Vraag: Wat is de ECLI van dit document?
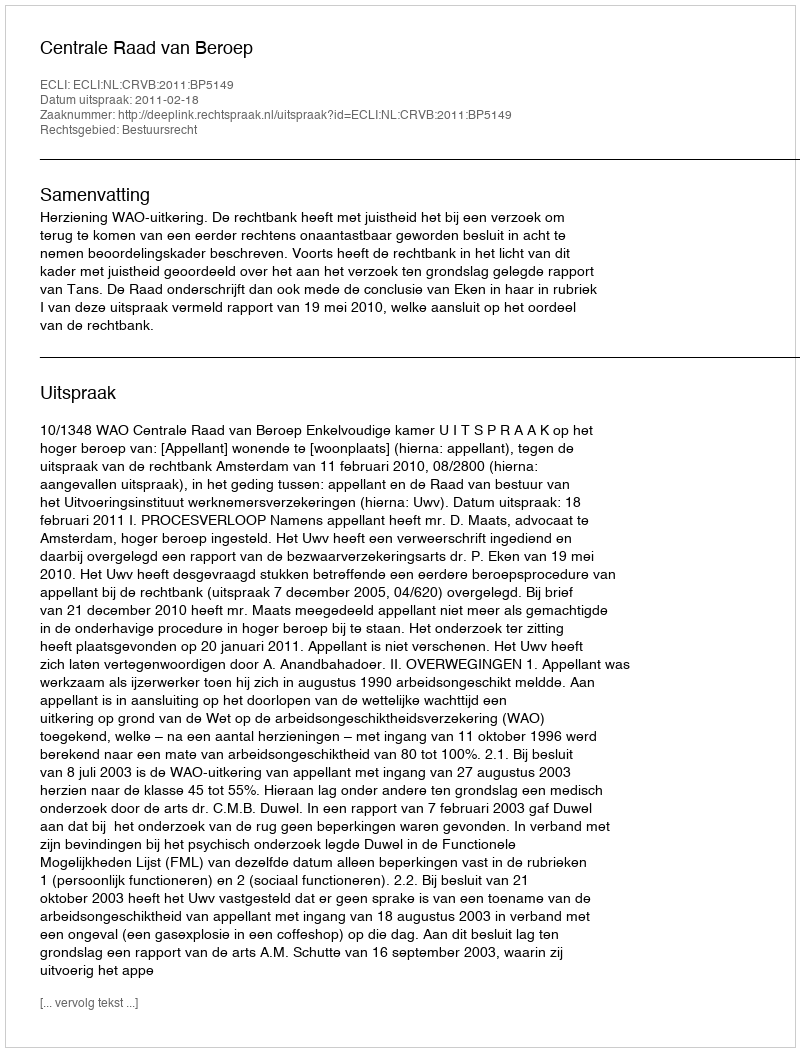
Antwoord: ECLI:NL:CRVB:2011:BP5149